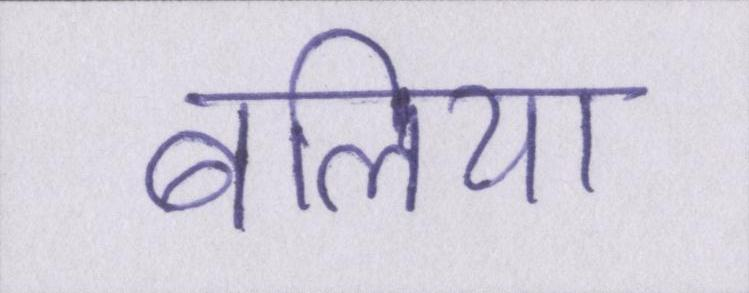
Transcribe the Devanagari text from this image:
बलिया